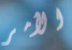
الأمر